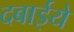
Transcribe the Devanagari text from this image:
दबाईये